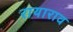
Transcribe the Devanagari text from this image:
रायाराव